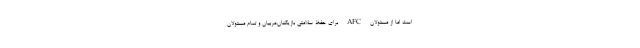
است اما از مسئولان AFC برای حفظ سلامتی بازیکنان،مربیان و تمام مسئولان